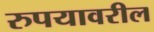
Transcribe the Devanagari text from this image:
रुपयावरील